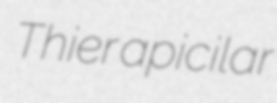
Thier apicilar